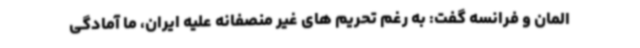
المان و فرانسه گفت: به رغم تحریم های غیر منصفانه علیه ایران، ما آمادگی